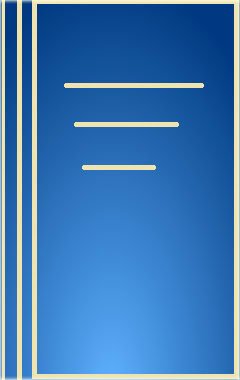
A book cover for Advances in Superconductivity III: Proceedings of the 3rd International Symposium on Superconductivity (Iss '90, November 6-9, 1990, Sendai); Miyagi International Symposium on Superconductivity 1990 Sendai-Shi; Science & Math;